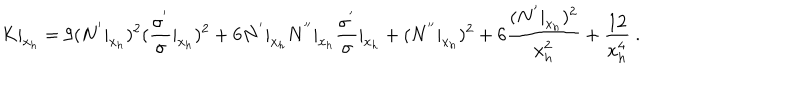
K | _ { x _ { h } } = 9 ( N ^ { ' } | _ { x _ { h } } ) ^ { 2 } ( \frac { \sigma ^ { ' } } { \sigma } | _ { x _ { h } } ) ^ { 2 } + 6 N ^ { ' } | _ { x _ { h } } N ^ { ' ^ { \prime } } | _ { x _ { h } } \frac { \sigma ^ { ' } } { \sigma } | _ { x _ { h } } + ( N ^ { ' ^ { \prime } } | _ { x _ { h } } ) ^ { 2 } + 6 \frac { ( N ^ { ' } | _ { x _ { h } } ) ^ { 2 } } { x _ { h } ^ { 2 } } + \frac { 1 2 } { x _ { h } ^ { 4 } } \ .